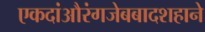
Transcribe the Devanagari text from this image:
एकदांऔरंगजेबबादशहाने